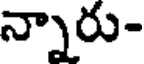
న్నారు-